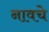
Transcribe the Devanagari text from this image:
नावचे